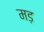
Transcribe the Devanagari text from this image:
मड़